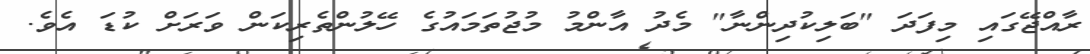
ރާއްޖޭގައި މިފަދަ "ބަލިކުދިންނާ" މެދު އާންމު މުޖުތަމައުގެ ހޭލުންތެރިކަން ވަރަށް ކުޑަ އެވެ.